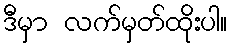
ဒီမှာ လက်မှတ်ထိုးပါ။